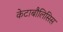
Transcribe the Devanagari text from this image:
केटाबौलिसिस